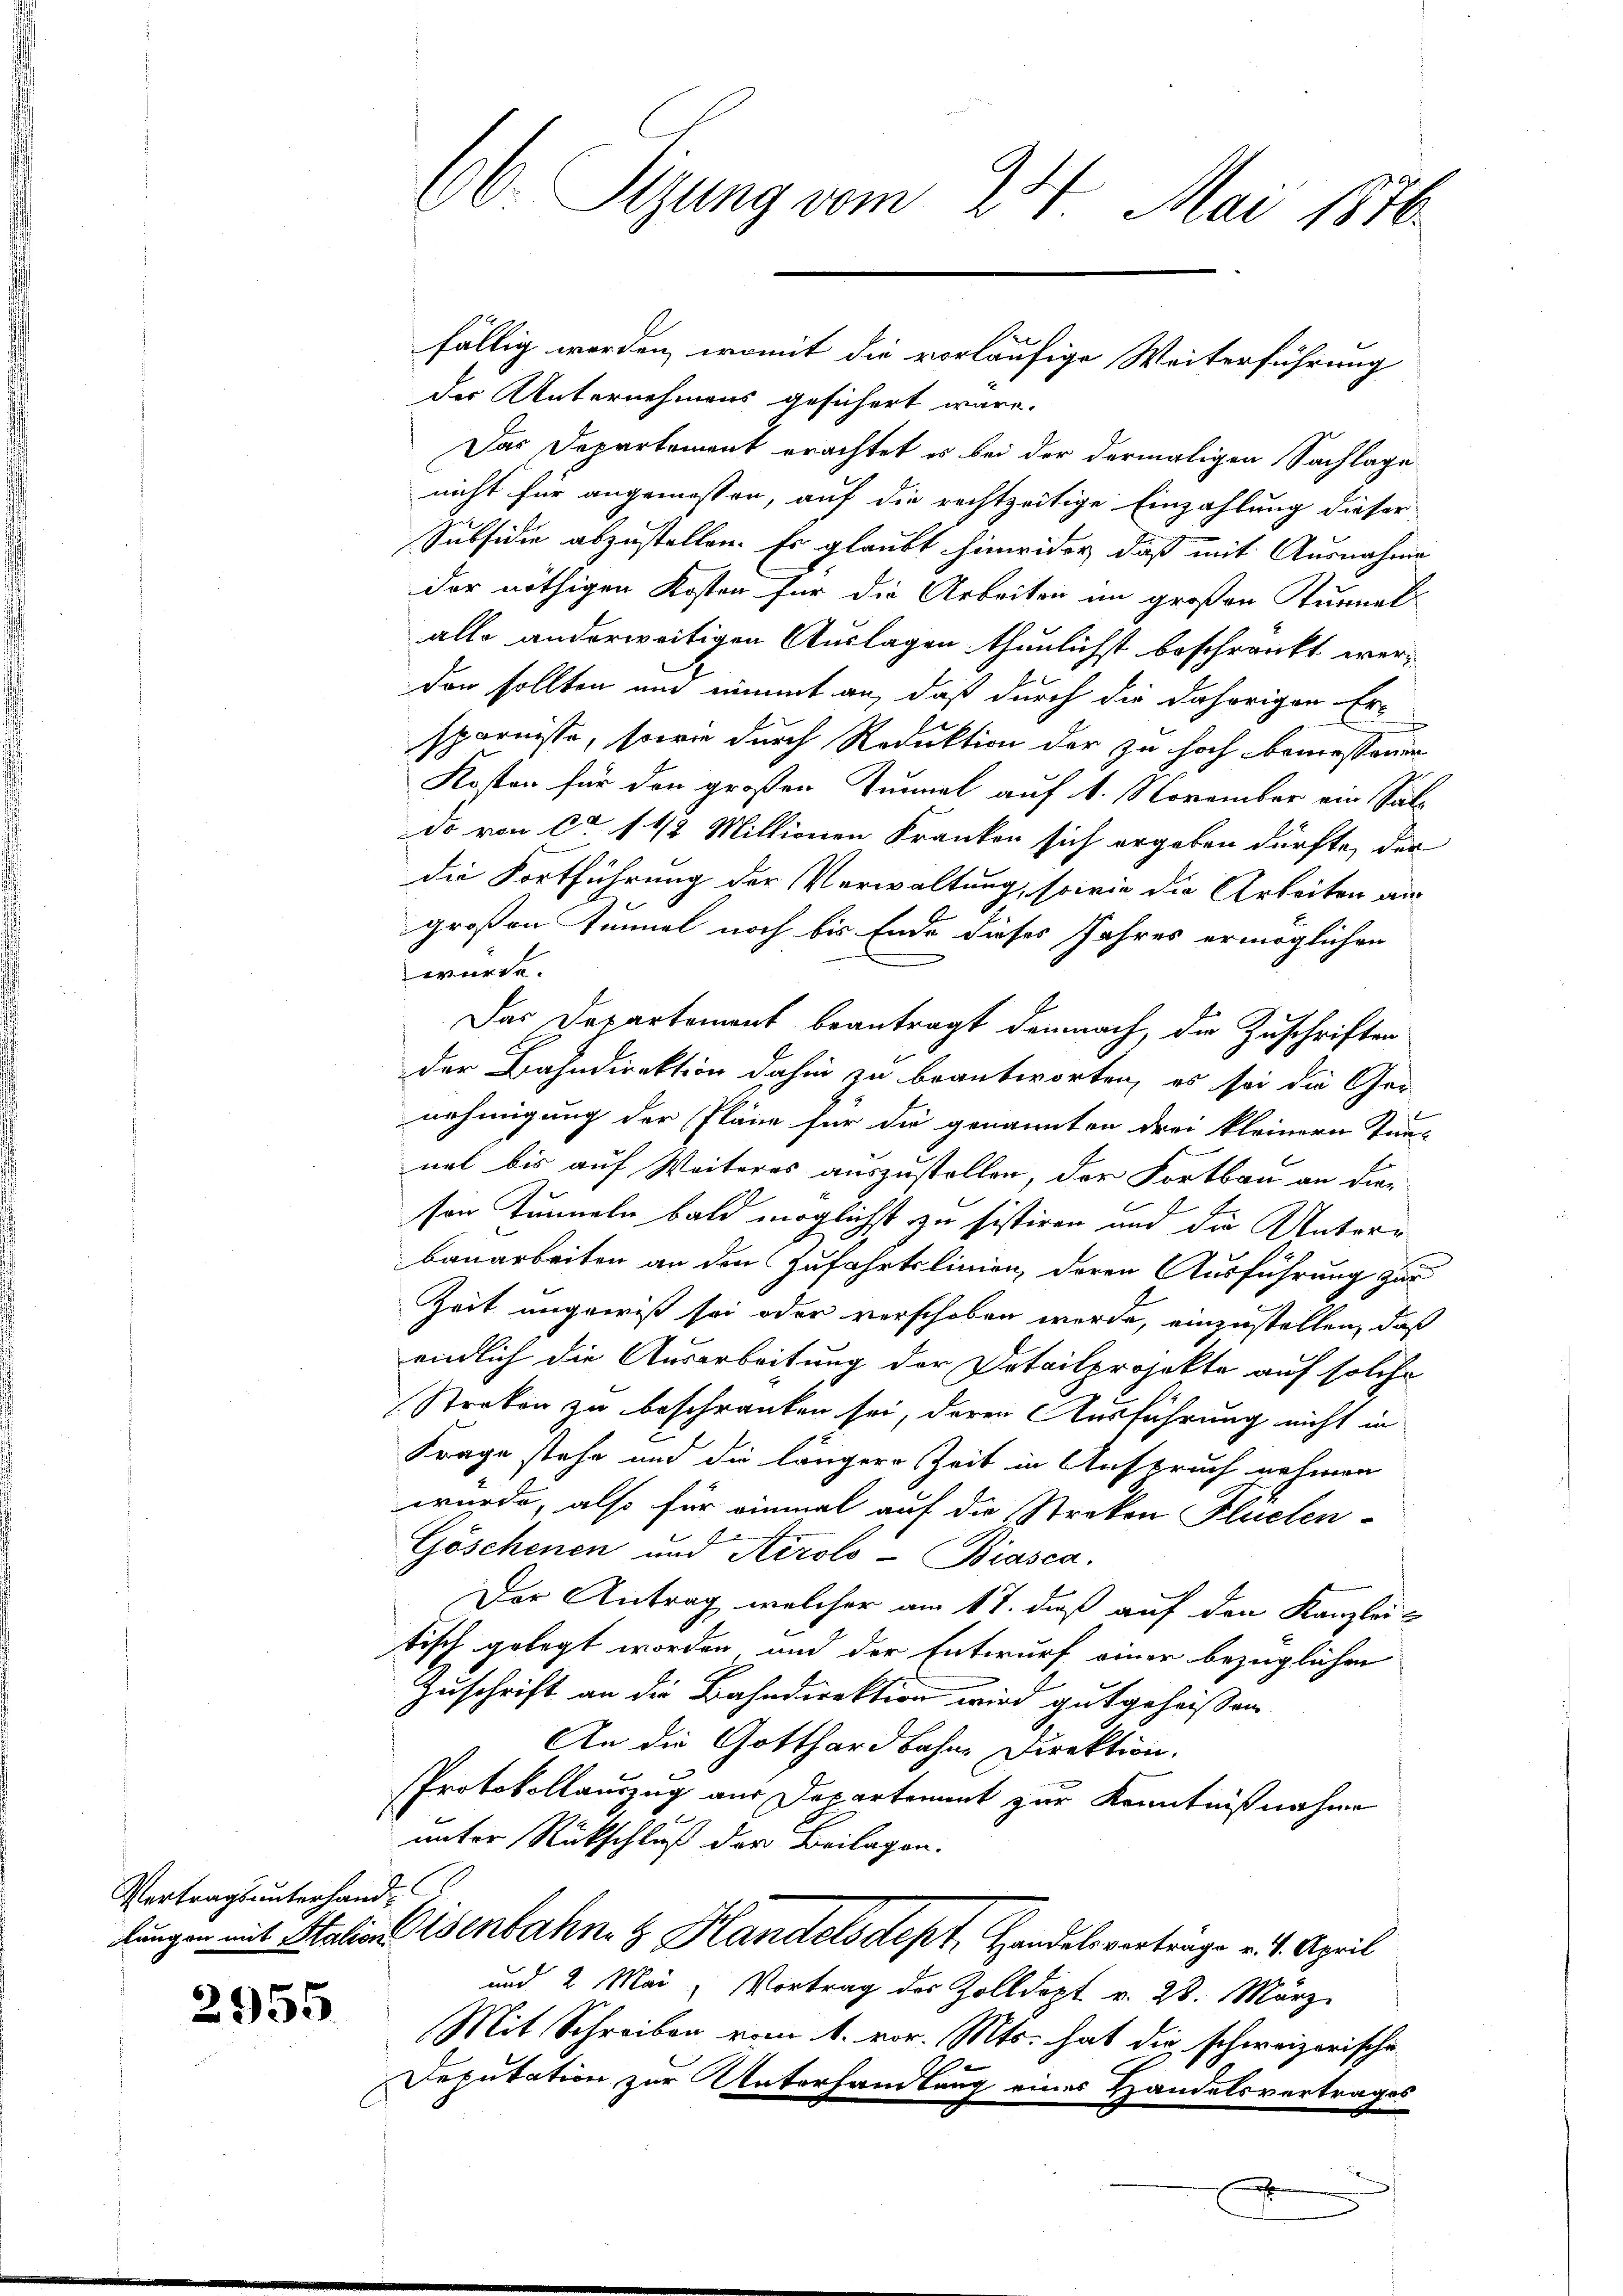
Vertragsunterhand¬

2955

66. Sizung vom 24. Mai 1876.

fällig worden, womit die vorläufige Weiterführung
der Unternehmens gesichert wäre.
Das Departement erachtet es bei der dermaligen Sachlage
nicht für angemessen, auf die rechtzeitige Einzahlung dieser
Subsidie abzustellen. Es glaubt hinwider, daß mit Ausnahme
der nöthigen Kosten für die Arbeiten im großen Tunnel
alle anderweitigen Auslagen thunlichst beschränkt werden sollten und nimmt an, daß durch die daherigen Er-
sparnisse, sowie durch Reduktion der zu hoch bemessenen
Kosten für den großen Tunnel auf 1. November ein Sätz
do von ca 1 1/2 Millionen Franken sich ergeben dürfte, der
die Fortführung der Verwaltung, sowie die Arbeiten an
großen Tunnel noch bis Ende dieses Jahres ermöglichen
würde.
Das Departement beantragt demnach, die Zuschriften
der Bahndirektion dahin zu beantworten, es sei die Ger
nehmigung der Pläne für die genannten drei kleinern Kan-
net bis auf Weiteres auszustellen, der Fortbau an die-
son Tunneln bald möglichst zu sistiren und die Unterrbauarbeiten an den Zufahrtslinien, deren Ausführung zur
Zeit angewiß sei oder verschoben werde, einzustellen, daß
endlich die Ausarbeitung der Detailprojekte auf solche
Streken zu beschränken sei, deren Ausführung nicht in
Frage stehe und die längere Zeit in Anspruch nehmen
wurde, also für einmal auf die Streken Kuchen-
Göschenen und Airolo -Biasca.
Der Antrag, welcher am 17. daß auf den Kanzlei
tisch gelegt worden und der Entwurf einer bezüglichen
Zuschrift an die Bahndirektion wird gutgeheissen
An die Gotthardbahne Direktion.
PProtokollauszug aus Departement zur Kenntnißnahme
unter Rückschluß der Beilagen.
lungen mit Malion Isenbahn- & Handelsdept, Handelsverträge v. 1. April
und 2 Mai, Vortrag des Zolldept v. 28. März
Mit Schreiben vom 1. vor. Mts. hat die schweizerische
Deputation zur Unterhandlung eines Handelsvertrages

x